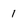
Character: 1